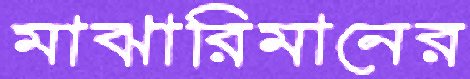
মাঝারিমানের